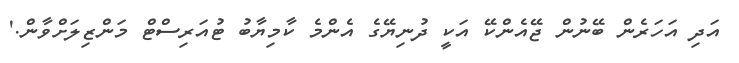
އަދި އަހަރެން ބޭނުން ޖޭއެންކޭ އަކީ ދުނިޔޭގެ އެންމެ ކާމިޔާބު ޓުއަރިސްޓް މަންޒިލަށްވާން.'